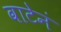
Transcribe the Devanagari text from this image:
वाटेनं